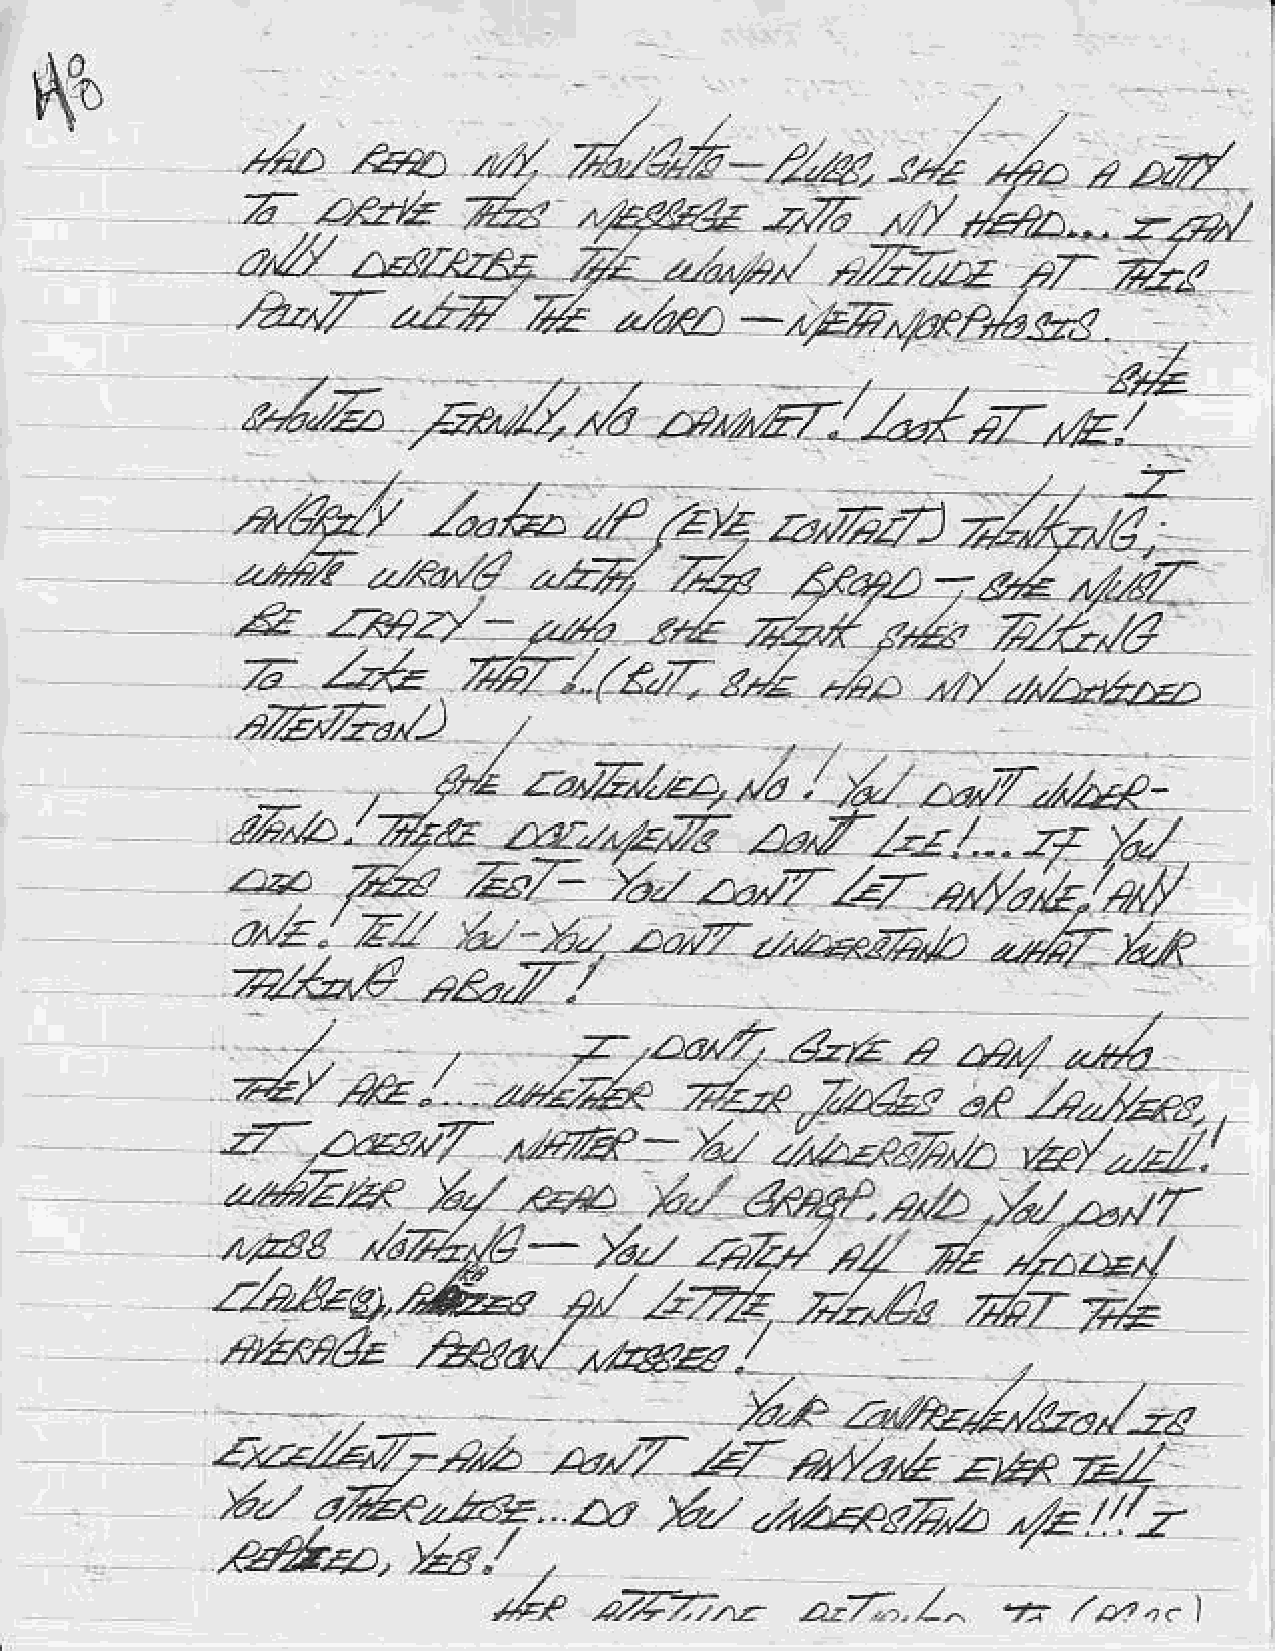
n0
 ,/
 ./,D   ,4a      4/,f  74,;;P-      l/4.    t4    4.     .rd
 7    ,.r"tzb   A                   z,        /  kZ*
 ,4'/ear
 a&                    ;4               rjl2iiV;           -z-,.2,^
 e                          .4f   Ztl
 ?dD,zsq.            z/",i/y'r/,1 ,1227./rZ
 /2,,,V-   a2.               "Z,rp,,t
 z/eKL   -    Elrr,4rePnbd
 a
 .